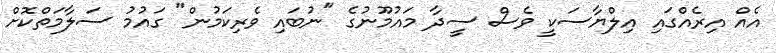
އެއް އިރެއްގައި އިލްޔާސަކީ ވެސް ސީދާ މައުމޫނުގެ "ނުބައި ވެރިކަމުން" ގައުމު ސަލާމަތްކޮށް